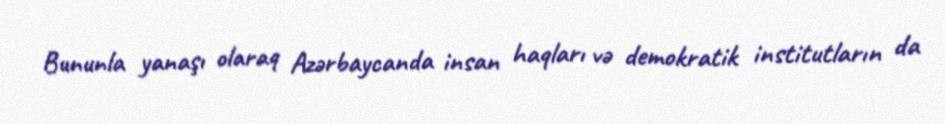
Bununla yanaşı olaraq Azərbaycanda insan haqları və demokratik institutların da